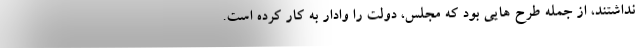
نداشتند، از جمله طرح هایی بود که مجلس، دولت را وادار به کار کرده است.